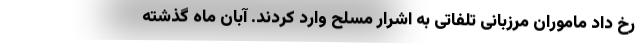
رخ داد ماموران مرزبانی تلفاتی به اشرار مسلح وارد کردند. آبان ماه گذشته